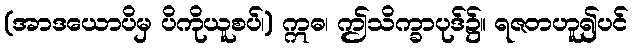
(အာဒယောပိမှ ပိကိုယူစပ်၊) ဣဓ၊ ဤသိက္ခာပုဒ်၌။ ရဇတဟူ၍ပင်